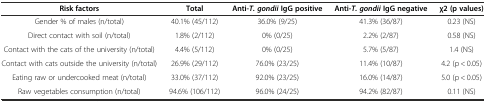
| Risk factors | Total | Anti-T. gondiiIgG positive | Anti-T. gondiiIgG negative | χ2 (p values) |
 | --- | --- | --- | --- | --- |
 | Gender % of males (n/total) | 40.1% (45/112) | 36.0% (9/25) | 41.3% (36/87) | 0.23 (NS) |
 | Direct contact with soil (n/total) | 1.8% (2/112) | 0% (0/25) | 2.2% (2/87) | 0.58 (NS) |
 | Contact with the cats of the university (n/total) | 4.4% (5/112) | 0% (0/25) | 5.7% (5/87) | 1.4 (NS) |
 | Contact with cats outside the university (n/total) | 26.9% (29/112) | 76.0% (23/25) | 11.4% (10/87) | 4.2 (p < 0.05) |
 | Eating raw or undercooked meat (n/total) | 33.0% (37/112) | 92.0% (23/25) | 16.0% (14/87) | 5.0 (p < 0.05) |
 | Raw vegetables consumption (n/total) | 94.6% (106/112) | 96.0% (24/25) | 94.2% (82/87) | 0.11 (NS) |